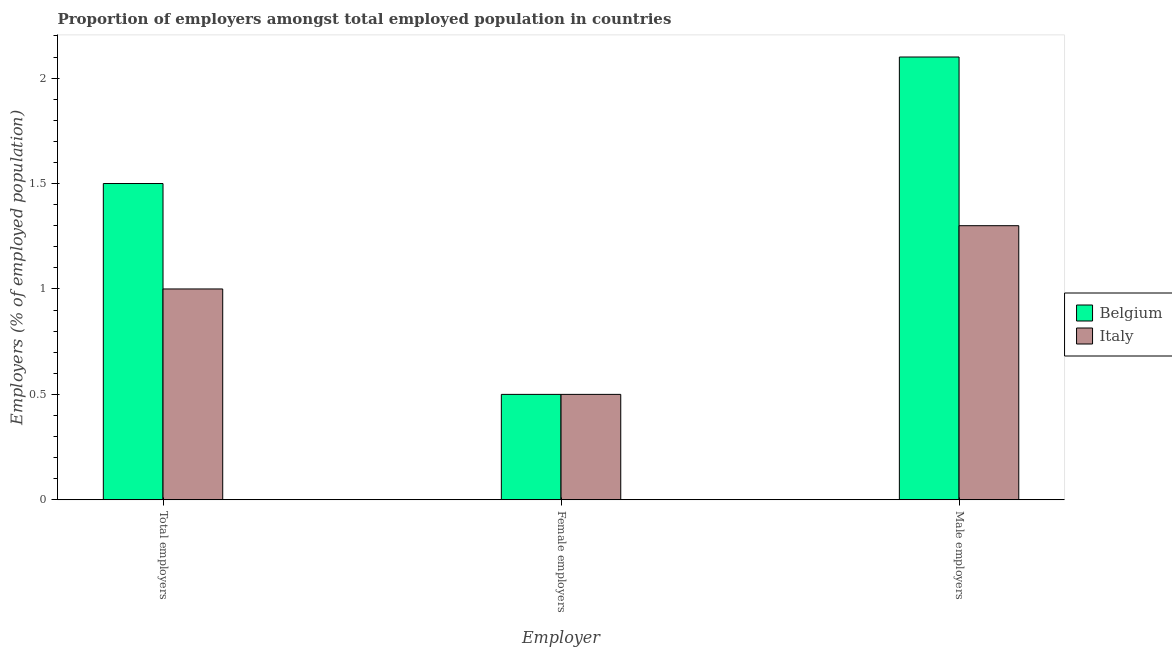
| Employer | Belgium | Italy |
 | --- | --- | --- |
 | Total employers | 1.5 | 1 |
 | Female employers | 0.5 | 0.5 |
 | Male employers | 2.1 | 1.3 |